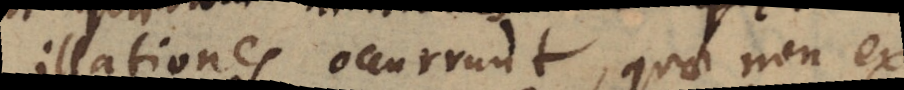
illationes occurrunt, quae non ex